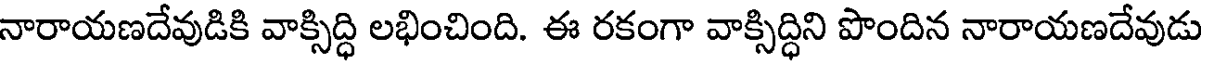
నారాయణదేవుడికి వాక్సిద్ధి లభించింది. ఈ రకంగా వాక్సిద్ధిని పొందిన నారాయణదేవుడు